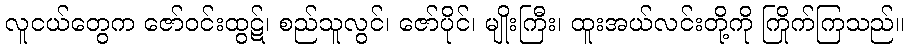
လူငယ်တွေက ဇော်ဝင်းထွဋ်၊ စည်သူလွင်၊ ဇော်ပိုင်၊ မျိုးကြီး၊ ထူးအယ်လင်းတို့ကို ကြိုက်ကြသည်။